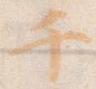
千